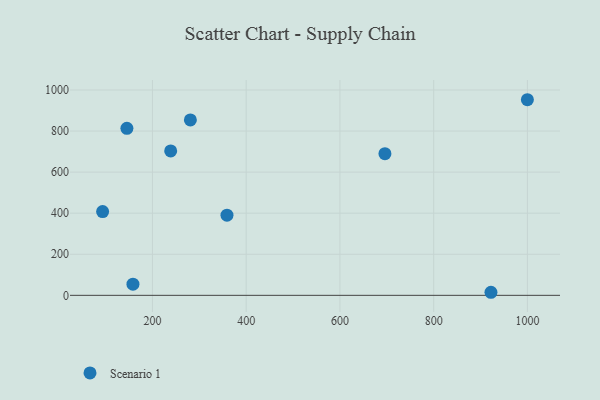
{"axis": {"x": "Distance", "y": "Salary"}, "legend": ["Scenario 1"], "data": [{"x": "93.7", "y": 408.1, "type": "Scenario 1"}, {"x": "359.0", "y": 390.6, "type": "Scenario 1"}, {"x": "280.9", "y": 854.2, "type": "Scenario 1"}, {"x": "158.4", "y": 54.5, "type": "Scenario 1"}, {"x": "696.0", "y": 690.1, "type": "Scenario 1"}, {"x": "922.2", "y": 14.9, "type": "Scenario 1"}, {"x": "145.5", "y": 813.4, "type": "Scenario 1"}, {"x": "238.9", "y": 703.2, "type": "Scenario 1"}, {"x": "999.9", "y": 952.6, "type": "Scenario 1"}]}